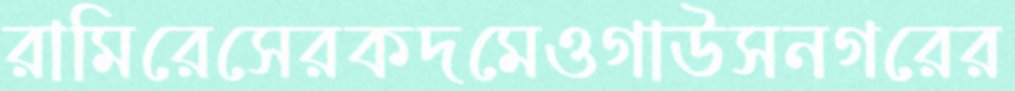
রামিরেসেরকদমেওগাউসনগরের